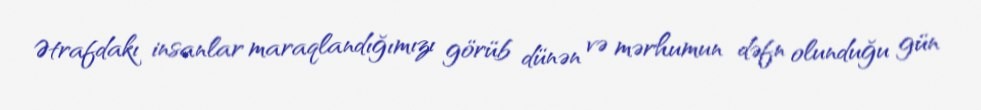
Ətrafdakı insanlar maraqlandığımızı görüb dünən və mərhumun dəfn olunduğu gün